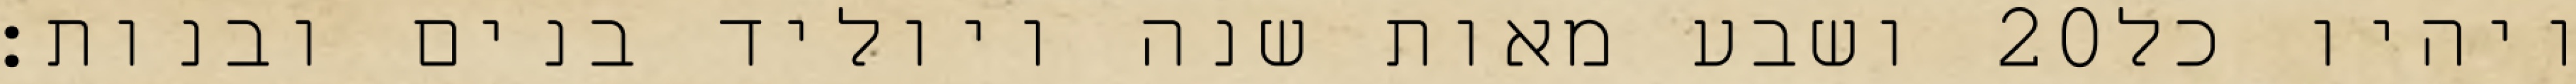
ושבע מאות שנה ויוליד בנים ובנות׃ ‎20‏ ויהיו כל